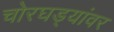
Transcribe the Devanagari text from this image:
चोरघड्यांवर